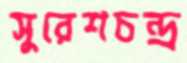
সুরেশচন্দ্র